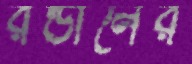
রন্ডালের